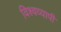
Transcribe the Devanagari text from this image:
विश्वव्‍यापी